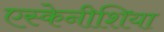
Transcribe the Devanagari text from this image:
एस्केनीशिया